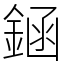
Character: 䤴